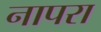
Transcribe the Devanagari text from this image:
नापरा